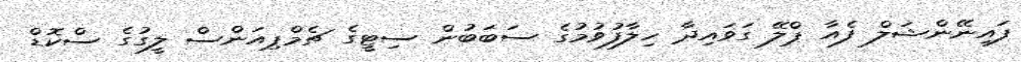
ފައިނޭންޝަލް ފެއާ ޕްލޭ ގަވައިދާ ހިލާފުވުމުގެ ސަބަބުން ސިޓީގެ ޗެމްޕިއަންސް ލީގުގެ ސްކޮޑް